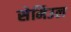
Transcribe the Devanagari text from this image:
सेमिउल